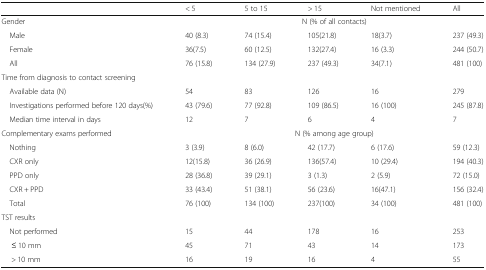
<table><thead><tr><td></td><td><b>&lt; 5</b></td><td><b>5 to 15</b></td><td><b>&gt; 15</b></td><td><b>Not mentioned</b></td><td><b>All</b></td></tr></thead><tbody><tr><td>Gender</td><td colspan="5">N (% of all contacts)</td></tr><tr><td> Male</td><td>40 (8.3)</td><td>74 (15.4)</td><td>105(21.8)</td><td>18(3.7)</td><td>237 (49.3)</td></tr><tr><td> Female</td><td>36(7.5)</td><td>60 (12.5)</td><td>132(27.4)</td><td>16 (3.3)</td><td>244 (50.7)</td></tr><tr><td> All</td><td>76 (15.8)</td><td>134 (27.9)</td><td>237 (49.3)</td><td>34(7.1)</td><td>481 (100)</td></tr><tr><td colspan="6">Time from diagnosis to contact screening</td></tr><tr><td> Available data (N)</td><td>54</td><td>83</td><td>126</td><td>16</td><td>279</td></tr><tr><td> Investigations performed before 120 days(%)</td><td>43 (79.6)</td><td>77 (92.8)</td><td>109 (86.5)</td><td>16 (100)</td><td>245 (87.8)</td></tr><tr><td> Median time interval in days</td><td>12</td><td>7</td><td>6</td><td>4</td><td>7</td></tr><tr><td>Complementary exams performed</td><td colspan="5">N (% among age group)</td></tr><tr><td> Nothing</td><td>3 (3.9)</td><td>8 (6.0)</td><td>42 (17.7)</td><td>6 (17.6)</td><td>59 (12.3)</td></tr><tr><td> CXR only</td><td>12(15.8)</td><td>36 (26.9)</td><td>136(57.4)</td><td>10 (29.4)</td><td>194 (40.3)</td></tr><tr><td> PPD only</td><td>28 (36.8)</td><td>39 (29.1)</td><td>3 (1.3)</td><td>2 (5.9)</td><td>72 (15.0)</td></tr><tr><td> CXR + PPD</td><td>33 (43.4)</td><td>51 (38.1)</td><td>56 (23.6)</td><td>16(47.1)</td><td>156 (32.4)</td></tr><tr><td> Total</td><td>76 (100)</td><td>134 (100)</td><td>237(100)</td><td>34 (100)</td><td>481 (100)</td></tr><tr><td colspan="6">TST results</td></tr><tr><td> Not performed</td><td>15</td><td>44</td><td>178</td><td>16</td><td>253</td></tr><tr><td>≤ 10 mm</td><td>45</td><td>71</td><td>43</td><td>14</td><td>173</td></tr><tr><td>&gt; 10 mm</td><td>16</td><td>19</td><td>16</td><td>4</td><td>55</td></tr></tbody></table>